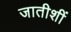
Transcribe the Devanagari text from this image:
जातीशीं